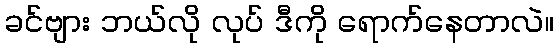
ခင်ဗျား ဘယ်လို လုပ် ဒီကို ရောက်နေတာလဲ။